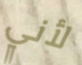
لأني